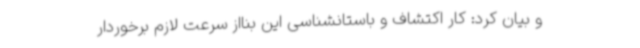
و بیان کرد: کار اکتشاف و باستانشناسی این بنااز سرعت لازم برخوردار